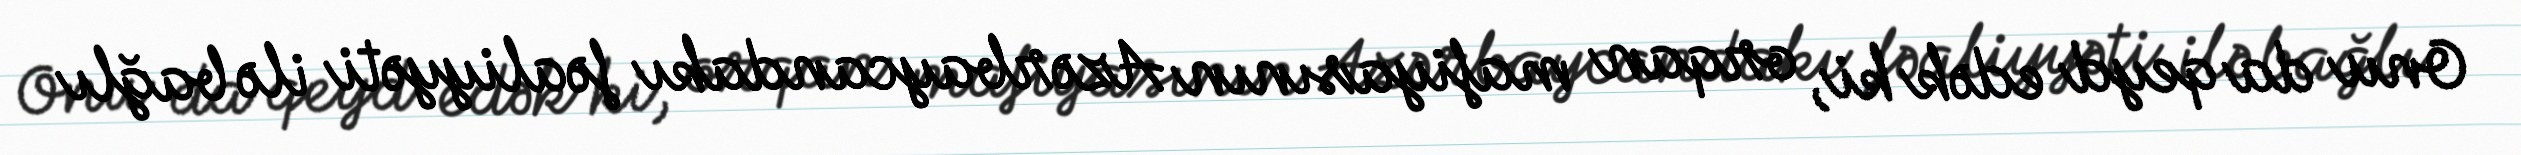
Onu da qeyd edək ki, orqan mafiyasının Azərbaycandakı fəaliyyəti ilə bağlı